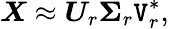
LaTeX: \boldsymbol{X}\approx\boldsymbol{U}_{r}\boldsymbol{\Sigma}_{r}\boldsymbol{\mathtt{V}}_{r}^{*},